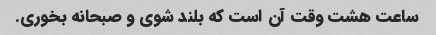
ساعت هشت وقت آن است که بلند شوی و صبحانه بخوری.